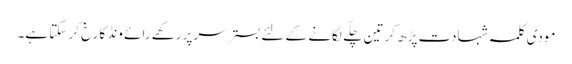
مودی کلمہ شہادت پڑھ کر تین چلّے لگانے کے لئے بستر سر پر رکھے رائے ونڈ کا رخ کر سکتا ہے۔